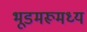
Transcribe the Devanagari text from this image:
भूडमरूमध्य